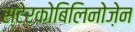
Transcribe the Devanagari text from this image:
स्टेरकोबिलिनोज़ेन